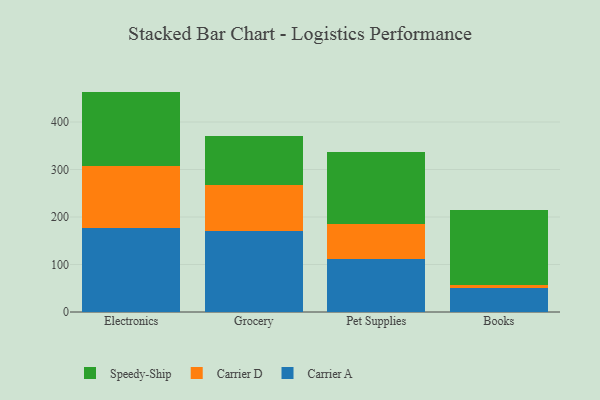
{"axis": {"x": "Category", "y": "Production Output"}, "legend": ["Carrier A", "Carrier D", "Speedy-Ship"], "data": [{"x": "Electronics", "y": 177.9, "type": "Carrier A"}, {"x": "Electronics", "y": 128.7, "type": "Carrier D"}, {"x": "Electronics", "y": 157.4, "type": "Speedy-Ship"}, {"x": "Grocery", "y": 171.4, "type": "Carrier A"}, {"x": "Grocery", "y": 95.7, "type": "Carrier D"}, {"x": "Grocery", "y": 103.8, "type": "Speedy-Ship"}, {"x": "Pet Supplies", "y": 110.6, "type": "Carrier A"}, {"x": "Pet Supplies", "y": 74.7, "type": "Carrier D"}, {"x": "Pet Supplies", "y": 151.7, "type": "Speedy-Ship"}, {"x": "Books", "y": 51.0, "type": "Carrier A"}, {"x": "Books", "y": 5.1, "type": "Carrier D"}, {"x": "Books", "y": 157.7, "type": "Speedy-Ship"}]}